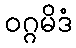
ဝဂ္ဂမိဒံ